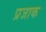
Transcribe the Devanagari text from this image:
प्रजाक